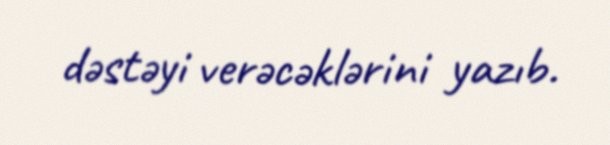
dəstəyi verəcəklərini yazıb.